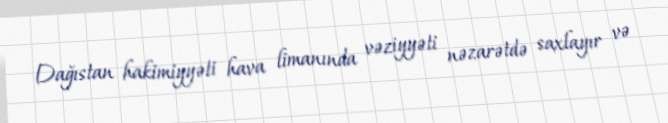
Dağıstan hakimiyyəti hava limanında vəziyyəti nəzarətdə saxlayır və